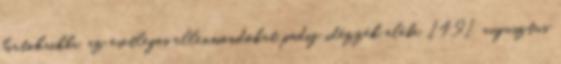
birtokaikba, az esetleges ellenmondókat pedig idézzék elébe. 1491. augusztus